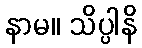
နာမ။ သိပ္ပါနိ